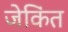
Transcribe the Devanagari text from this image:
जेकिंत